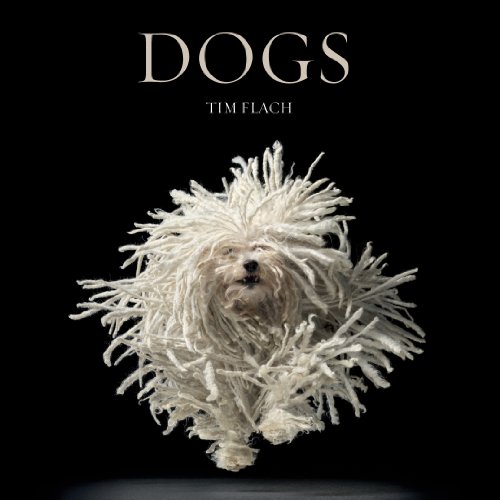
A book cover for Dogs; Lewis Blackwell; Crafts, Hobbies & Home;